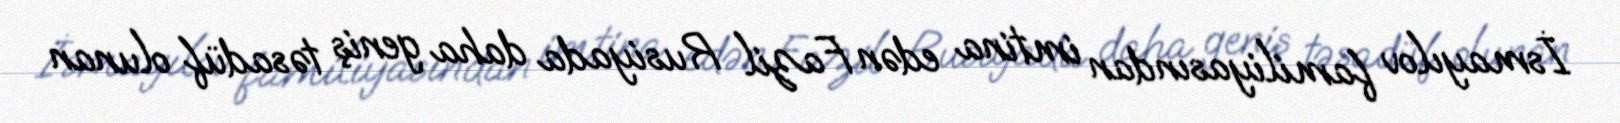
İsmayılov familiyasından imtina edən Fazil Rusiyada daha geniş təsadüf olunan